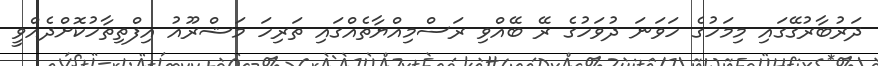
ދަރުބާރުގޭގައި މިމަހުގެ ހަވަނަ ދުވަހުގެ ރޭ ބޭއްވި ރަސްމިއްޔާތެއްގައި ތަރިހަ މަޝްރޫއު އިފްތިތާހުކޮށްދެއްވީ